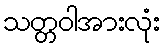
သတ္တဝါအားလုံး